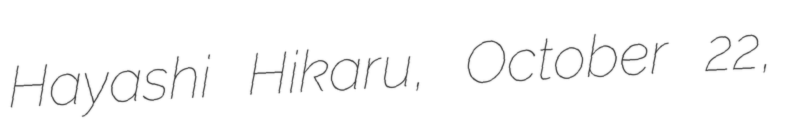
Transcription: Hayashi Hikaru, October 22,